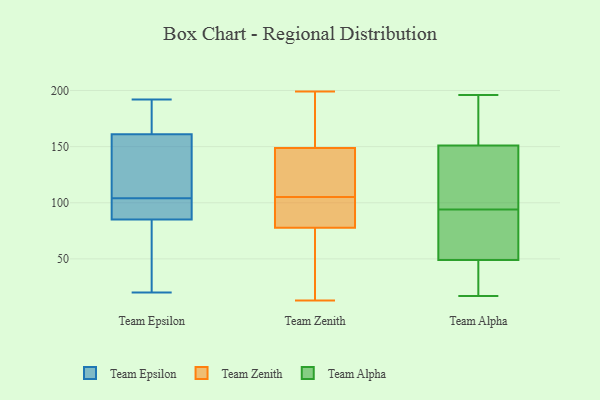
{"axis": {"x": "Website Visitors", "y": "Value"}, "legend": ["Team Alpha", "Team Epsilon", "Team Zenith"], "data": [{"x": "", "y": 92, "type": "Team Epsilon"}, {"x": "", "y": 85, "type": "Team Epsilon"}, {"x": "", "y": 128, "type": "Team Epsilon"}, {"x": "", "y": 116, "type": "Team Epsilon"}, {"x": "", "y": 161, "type": "Team Epsilon"}, {"x": "", "y": 20, "type": "Team Epsilon"}, {"x": "", "y": 69, "type": "Team Epsilon"}, {"x": "", "y": 85, "type": "Team Epsilon"}, {"x": "", "y": 162, "type": "Team Epsilon"}, {"x": "", "y": 192, "type": "Team Epsilon"}, {"x": "", "y": 150, "type": "Team Zenith"}, {"x": "", "y": 105, "type": "Team Zenith"}, {"x": "", "y": 192, "type": "Team Zenith"}, {"x": "", "y": 77, "type": "Team Zenith"}, {"x": "", "y": 111, "type": "Team Zenith"}, {"x": "", "y": 80, "type": "Team Zenith"}, {"x": "", "y": 86, "type": "Team Zenith"}, {"x": "", "y": 105, "type": "Team Zenith"}, {"x": "", "y": 145, "type": "Team Zenith"}, {"x": "", "y": 48, "type": "Team Zenith"}, {"x": "", "y": 58, "type": "Team Zenith"}, {"x": "", "y": 126, "type": "Team Zenith"}, {"x": "", "y": 104, "type": "Team Zenith"}, {"x": "", "y": 161, "type": "Team Zenith"}, {"x": "", "y": 199, "type": "Team Zenith"}, {"x": "", "y": 176, "type": "Team Zenith"}, {"x": "", "y": 97, "type": "Team Zenith"}, {"x": "", "y": 13, "type": "Team Zenith"}, {"x": "", "y": 67, "type": "Team Zenith"}, {"x": "", "y": 150, "type": "Team Alpha"}, {"x": "", "y": 17, "type": "Team Alpha"}, {"x": "", "y": 91, "type": "Team Alpha"}, {"x": "", "y": 152, "type": "Team Alpha"}, {"x": "", "y": 48, "type": "Team Alpha"}, {"x": "", "y": 59, "type": "Team Alpha"}, {"x": "", "y": 19, "type": "Team Alpha"}, {"x": "", "y": 50, "type": "Team Alpha"}, {"x": "", "y": 176, "type": "Team Alpha"}, {"x": "", "y": 164, "type": "Team Alpha"}, {"x": "", "y": 174, "type": "Team Alpha"}, {"x": "", "y": 112, "type": "Team Alpha"}, {"x": "", "y": 28, "type": "Team Alpha"}, {"x": "", "y": 25, "type": "Team Alpha"}, {"x": "", "y": 196, "type": "Team Alpha"}, {"x": "", "y": 102, "type": "Team Alpha"}, {"x": "", "y": 137, "type": "Team Alpha"}, {"x": "", "y": 80, "type": "Team Alpha"}, {"x": "", "y": 97, "type": "Team Alpha"}, {"x": "", "y": 65, "type": "Team Alpha"}]}